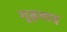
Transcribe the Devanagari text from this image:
गूढ़वाद